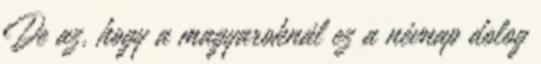
De az, hogy a magyaroknál ez a névnap dolog